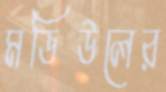
মডিউলের